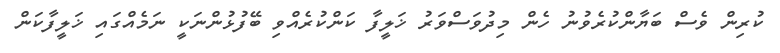
ކުރިން ވެސް ބަޔާންކުރެވުނު ހެން މިދުވަސްވަރު ޚަލީފާ ކަންކުރެއްވި ބޭފުޅުންނަކީ ނަމެއްގައި ޚަލީފާކަން